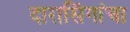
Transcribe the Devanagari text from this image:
दारासिंगांचा